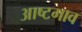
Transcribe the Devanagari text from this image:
आष्टगाव